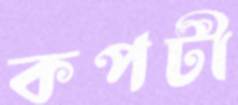
কপটী